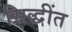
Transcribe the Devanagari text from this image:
सिद्धींत